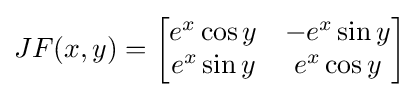
JF(x,y)={\begin{bmatrix}{e^{x}\cos y}&{-e^{x}\sin y}\\{e^{x}\sin y}&{e^{x}\cos y}\\\end{bmatrix}}